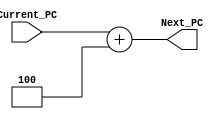
module Adder_pc4(Current_PC,Next_PC);
input[31:0]Current_PC; //current program counter address
output  [31:0]Next_PC; //next program counter address
assign Next_PC=Current_PC+32'd4; 
endmodule